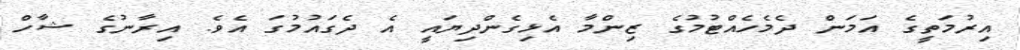
އިރުމަތީގެ އަމަން ދެމެހެއްޓުމުގެ ޒިންމާ އެޅިގެންދިޔައީ އެ ދެގައުމުގަ އެވެ. އިރާނުގެ ޝާހް